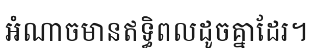
អំណាចមានឥទ្ធិពលដូចគ្នាដែរ។